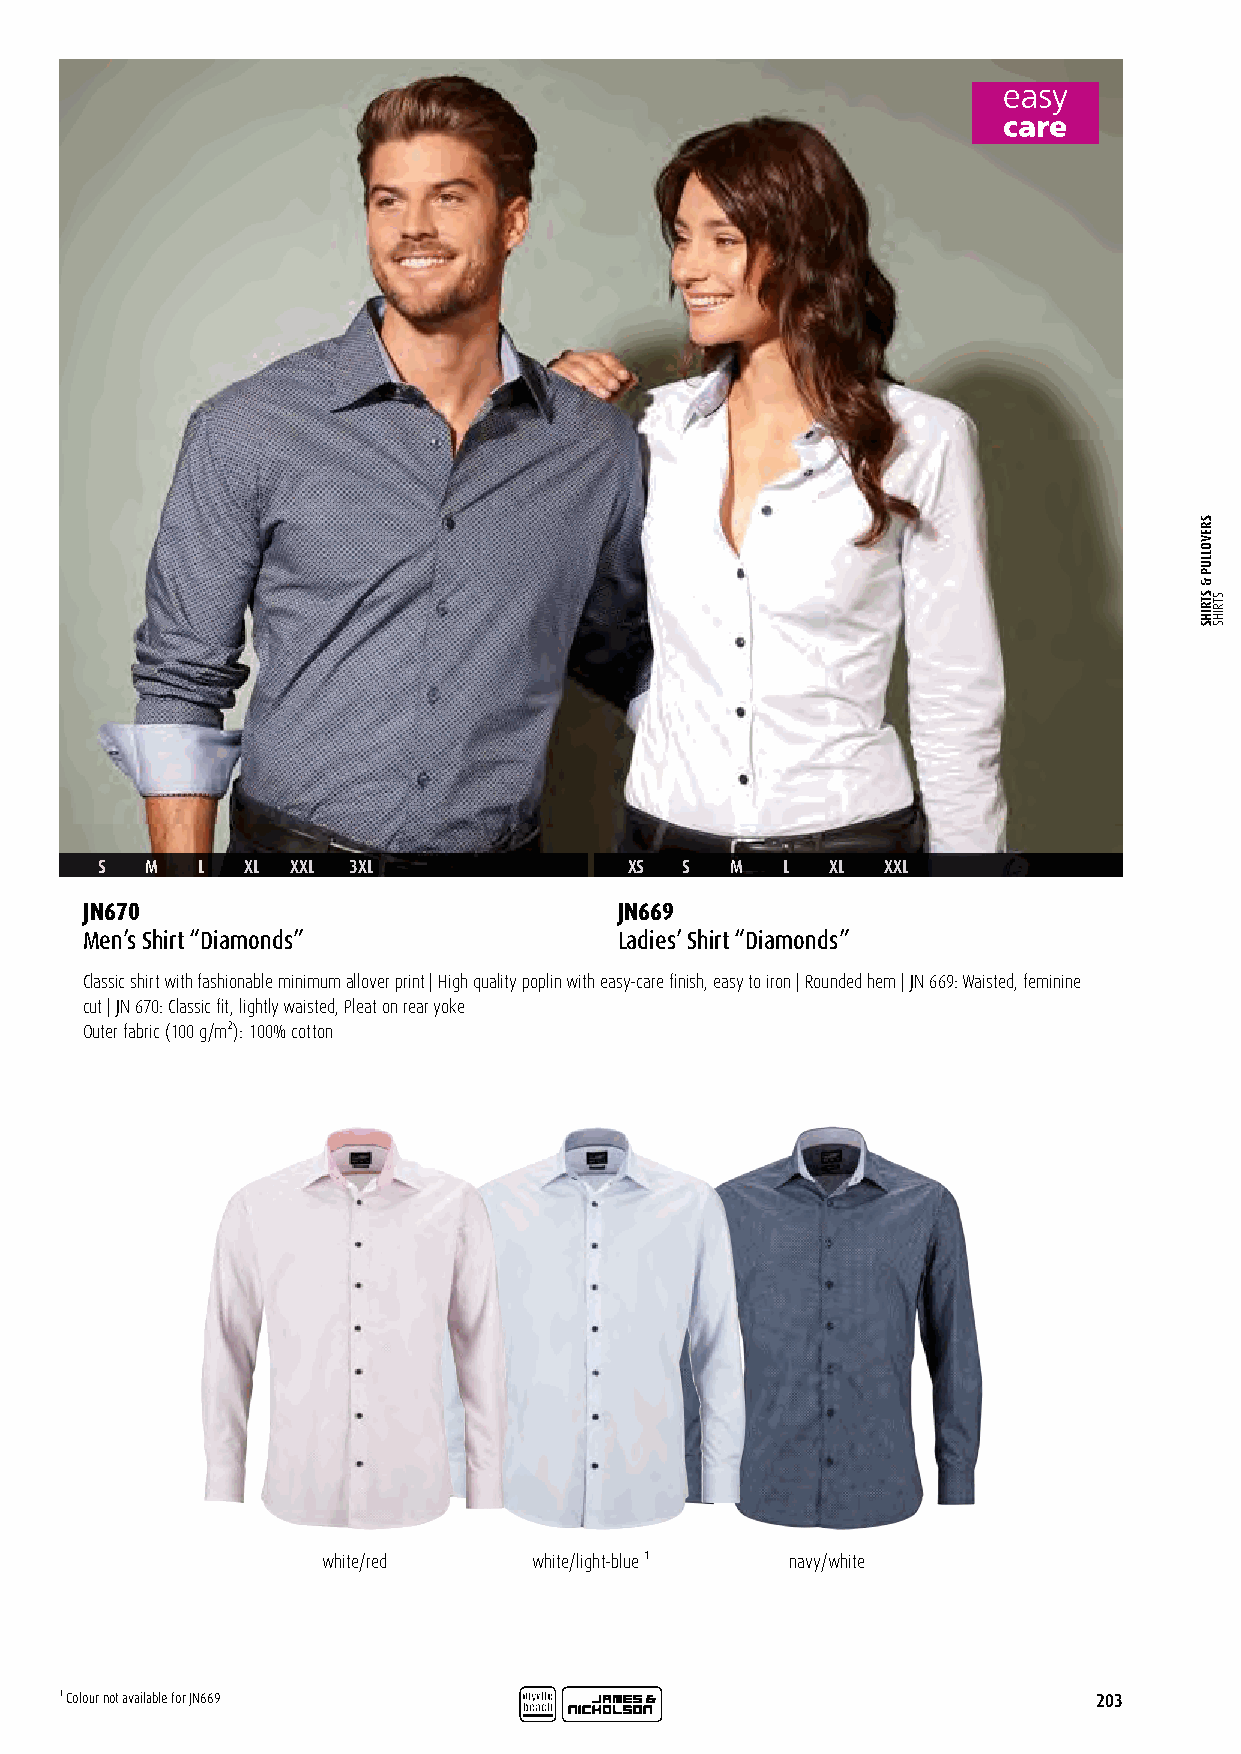
S   M  L  XL XXL 3XL                XS S  M   L  XL  XXL
 JN670                               JN669
 Men’s Shirt “Diamonds”              Ladies’ Shirt “Diamonds”
 Classic shirt with fashionable minimum allover print | High quality poplin with easy-care finish, easy to iron | Rounded hem | JN 669: Waisted, feminine
 cut | JN 670: Classic fit, lightly waisted, Pleat on rear yoke
 Outer fabric (100 g/m²): 100% cotton
 white/red     white/light-blue ¹ navy/white
 ¹ Colour not available for JN669                                     203
 SREVOLLUP
 &
 STRIHS STRIHS